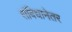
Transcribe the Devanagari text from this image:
संविधानेतर